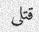
قتلى